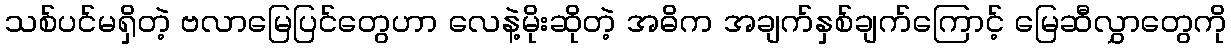
သစ်ပင်မရှိတဲ့ ဗလာမြေပြင်တွေဟာ လေနဲ့မိုးဆိုတဲ့ အဓိက အချက်နှစ်ချက်ကြောင့် မြေဆီလွှာတွေကို